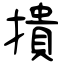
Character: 撌